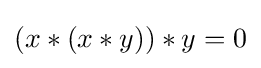
\left(x\ast \left(x\ast y\right)\right)\ast y=0